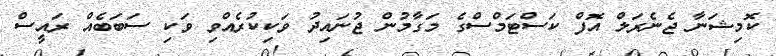
ކޮމިޝަނާ ޖެނެރަލް އޮފް ކަސްޓަމްސްގެ މަގާމުން ޖުނައިދު ވަކިކުރެއްވި ވަކި ސަބަބެއް ރައީސް